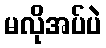
မလိုအပ်ပဲ